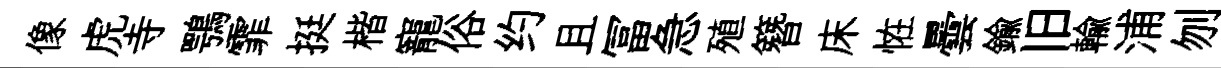
像虎寺鶚霏挺楷寵俗约且冨急殖簪床恠曇鍮旧輸浦刎